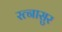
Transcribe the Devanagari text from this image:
रत्नासुर